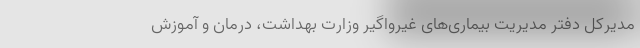
مدیرکل دفتر مدیریت بیماری‌های غیرواگیر وزارت بهداشت، درمان و آموزش